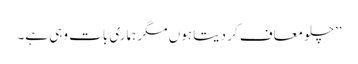
’’چلو معاف کر دیتا ہوں مگر ہماری بات وہی ہے۔